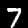
Label: 7